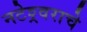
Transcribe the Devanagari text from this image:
नटेश्र्वराचे